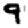
Digit: 9